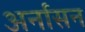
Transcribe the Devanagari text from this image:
अर्नासन